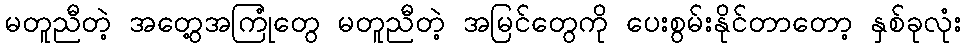
မတူညီတဲ့ အတွေ့အကြုံတွေ မတူညီတဲ့ အမြင်တွေကို ပေးစွမ်းနိုင်တာတော့ နှစ်ခုလုံး